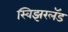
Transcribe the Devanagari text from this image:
स्विझरलॅड